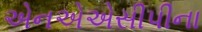
એનએએસીપીના